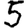
Digit: 5